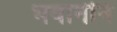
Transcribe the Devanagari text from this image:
भवानीने